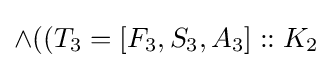
\land ((T_{3}=[F_{3},S_{3},A_{3}]::K_{2}